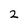
Character: 2